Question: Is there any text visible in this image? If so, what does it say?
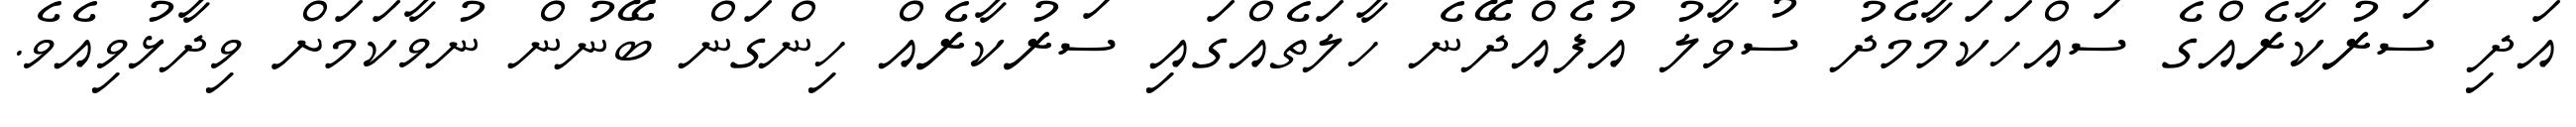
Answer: އަދި ސަރުކާރެއްގެ ސައްހަކަމާމެދު ސުވާލު އުފެއްދޭނެ ހާލަތެއްގައި ސަރުކާރެއް ހިންގަން ބޭނުން ނުވާކަމަށް ވިދާޅުވިއެވެ.